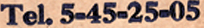
Tel.5-45-25-05